Indian Civil Veterinary Department memoirs
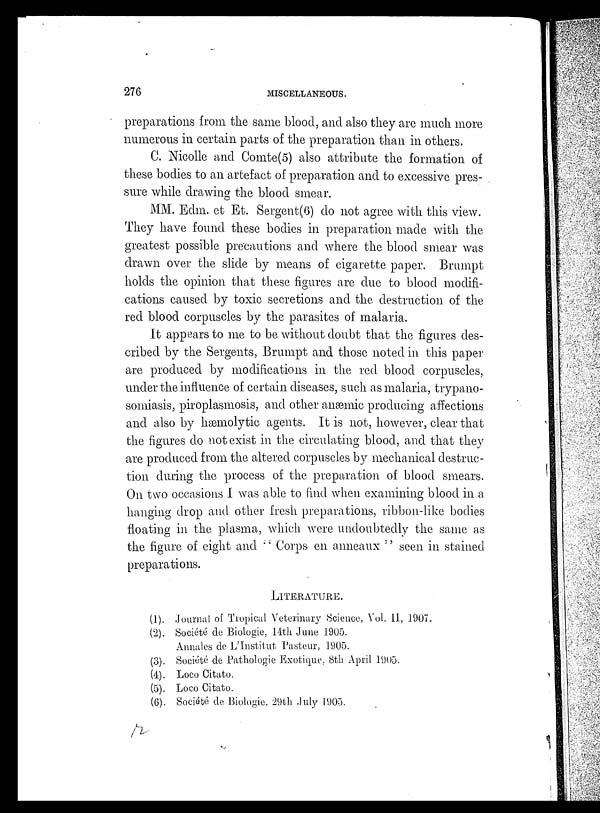
276
MISCELLANEOUS.
preparations from the same blood, and also they are much more
numerous in certain parts of the preparation than in others.
C. Nicolle and Comte(5) also attribute the formation of
these bodies to an artefact of preparation and to excessive pres-
sure while drawing the blood smear.
MM. Edm. et Et. Sergent(6) do not agree with this view.
They have found these bodies in preparation made with the
greatest possible precautions and where the blood smear was
drawn over the slide by means of cigarette paper. Brumpt
holds the opinion that these figures are due to blood modifi-
cations caused by toxic secretions and the destruction of the
red blood corpuscles by the parasites of malaria.
It appears to me to be without doubt that the figures des-
cribed by the Sergents, Brumpt and those noted in this paper-
are produced by modifications in the red blood corpuscles,
under the influence of certain diseases, such as malaria, trypano-
somiasis, piroplasmosis, and other anæmic producing affections
and also by hæmolytic agents. It is not, however, clear that
the figures do not exist in the circulating blood, and that they
are produced from the altered corpuscles by mechanical destruc-
tion during the process of the preparation of blood smears.
On two occasions I was able to find when examining blood in a
hanging drop and other fresh preparations, ribbon-like bodies
floating in the plasma, which were undoubtedly the same as
the figure of eight and " Corps en anneaux '' seen in stained
preparations.
LITERATURE.
(1). Journal of Tropical Veterinary Science, Vol. II, 1907.
(2). Société de Biologie, 14th June 1905.
Annales de L'Institut Pasteur, 1905.
(3). Société de Pathologic Exotique, 8th April 1905.
(4). Loco Citato.
(5). Loco Citato.
(6). Société de Biologie, 29th July 1905.